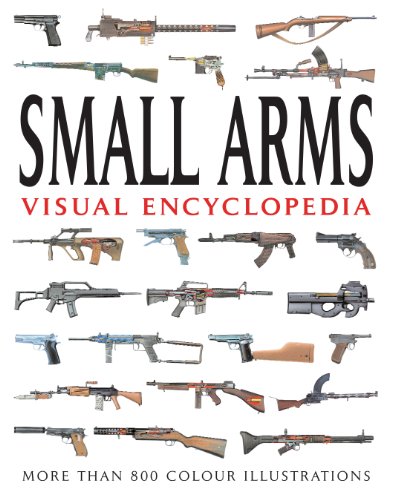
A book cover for VISUAL ENCYCLOPEDIA OF SMALL ARMS; Martin Dougherty; Reference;